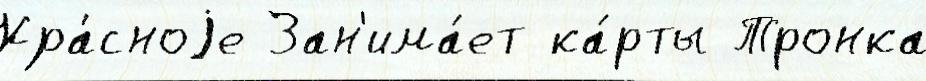
Кра́сноjе Зан'има́ет ка́рты Тронка